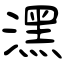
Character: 潶